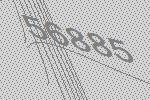
56885